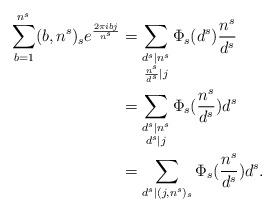
LaTeX: \begin{align*} \sum\limits_{\substack{b=1}}^{n^s}(b,n^s)_se^{\frac{2\pi ibj}{n^s}}&= \sum\limits_{\substack{d^s\mid n^s\\ \frac{n^s}{d^s}\mid j}}\Phi_s({d^s}){\frac{n^s}{d^s}}\\& =\sum\limits_{\substack{d^s\mid n^s\\ {d^s}\mid j}}\Phi_s({\frac{n^s}{d^s}}){{d^s}}\\& =\sum\limits_{\substack{ {d^s}\mid (j,n^s)_s}}\Phi_s({\frac{n^s}{d^s}}){{d^s}}. \end{align*}